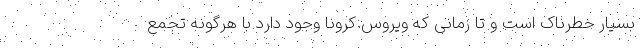
بسیار خطرناک است و تا زمانی که ویروس کرونا وجود دارد با هرگونه تجمع